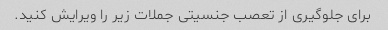
برای جلوگیری از تعصب جنسیتی جملات زیر را ویرایش کنید.